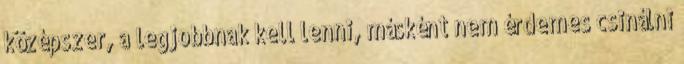
középszer, a legjobbnak kell lenni, másként nem érdemes csinálni